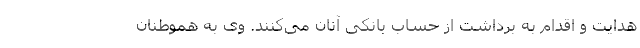
هدایت و اقدام به برداشت از حساب بانکی آنان می‌کنند. وی به هموطنان